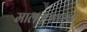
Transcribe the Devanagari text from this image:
मालवणकडून